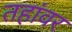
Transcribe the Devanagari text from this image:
तहांवर